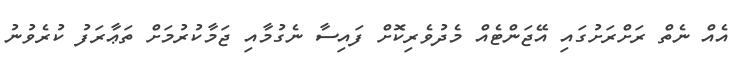
އެއް ނެތް ރަށްރަށުގައި އޭޖަންޓެއް މެދުވެރިކޮށް ފައިސާ ނެގުމާއި ޖަމާކުރުމަށް ތަޢާރަފު ކުރެވުނު